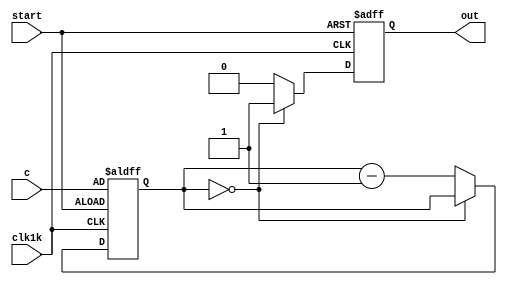
module DownCount(c,start,clk1k,out);
	input [11:0]c;
	input start, clk1k;
	output reg out;
	
	reg [11:0]counter;
	
	initial
	begin
		out = 1'b0;
	end
	
	always@(posedge clk1k, posedge start) 
	begin
		if (start) 
		begin
			counter[11:0] <= c[11:0];
			out <= 1'b0;
		end
		
		else 
		begin
			if (counter == 12'b000000000000)
			begin
				out <= 1'b1;
			end
			
			else 
			begin
				counter <= counter - 1'b1;
				out <= 1'b0;
			end
		end
	end
	
endmodule